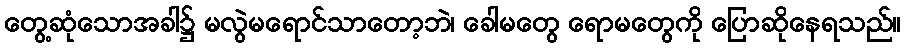
တွေ့ဆုံသောအခါ၌ မလွဲမရောင်သာတော့ဘဲ၊ ခေါမတွေ ရောမတွေကို ပြောဆိုနေရသည်။